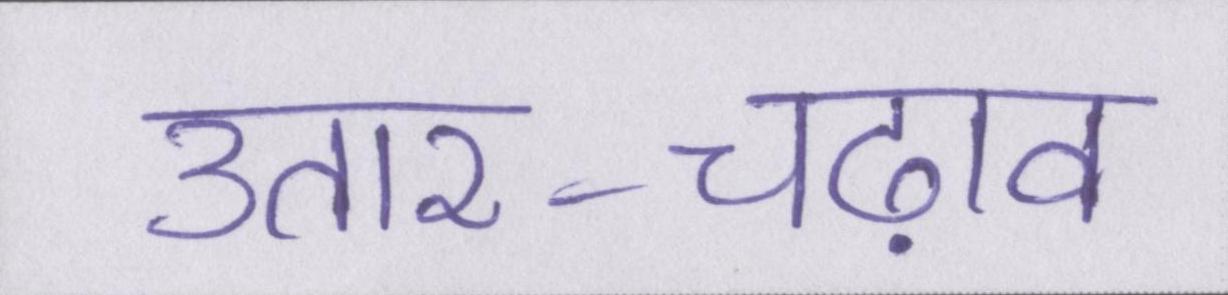
उतार-चढ़ाव